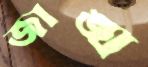
জাঙ্ঘ